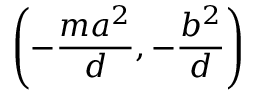
\left( - { \frac { m a ^ { 2 } } { d } } , - { \frac { b ^ { 2 } } { d } } \right)